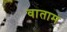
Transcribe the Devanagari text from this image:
वाताम